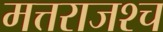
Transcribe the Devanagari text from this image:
मत्तराजश्च